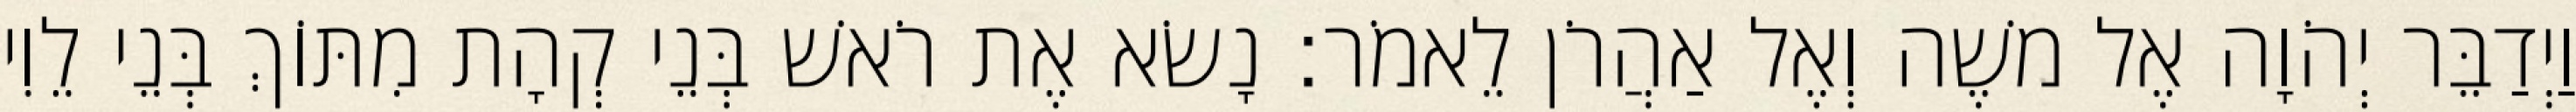
וַיְדַבֵּר יְהֹוָה אֶל משֶׁה וְאֶל אַהֲרֹן לֵאמֹר׃ נָשׂא אֶת רֹאשׁ בְּנֵי קְהָת מִתּוֹךְ בְּנֵי לֵוִי